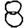
Digit: 8